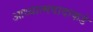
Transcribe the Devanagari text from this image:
आध्यात्मवादाकडे